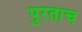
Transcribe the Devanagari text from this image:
पुरताच